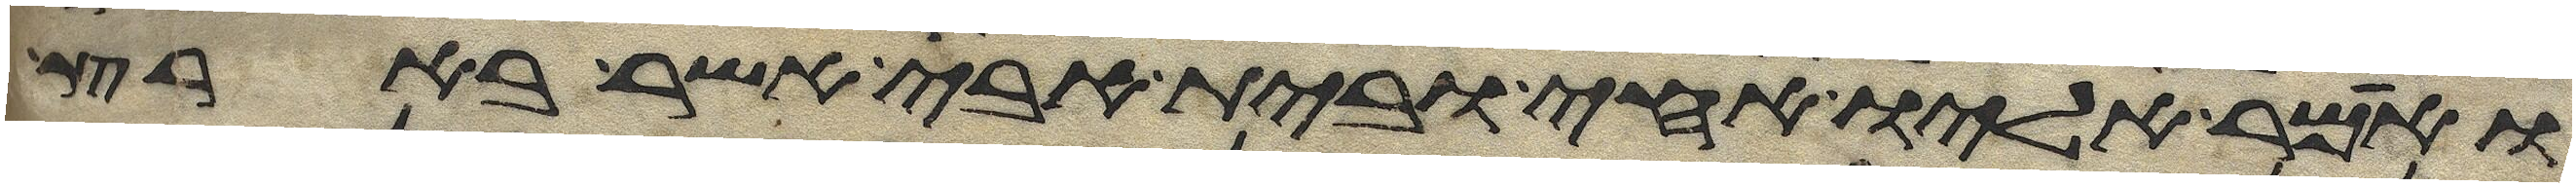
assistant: ואמר אליו אחי ובית אבי אשר בארץ